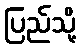
ပြည်သို့